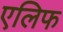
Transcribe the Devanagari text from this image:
एलिफ